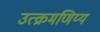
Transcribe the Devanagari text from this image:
उत्क्रमणिय्य